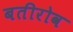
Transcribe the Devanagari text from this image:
बतीरोव